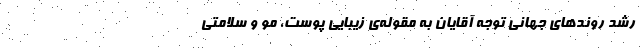
رشد روندهای جهانی توجه آقایان به مقوله‌ی زیبایی پوست، مو و سلامتی